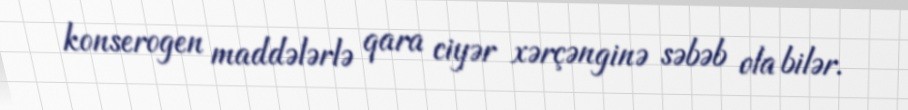
konserogen maddələrlə qara ciyər xərçənginə səbəb ola bilər.